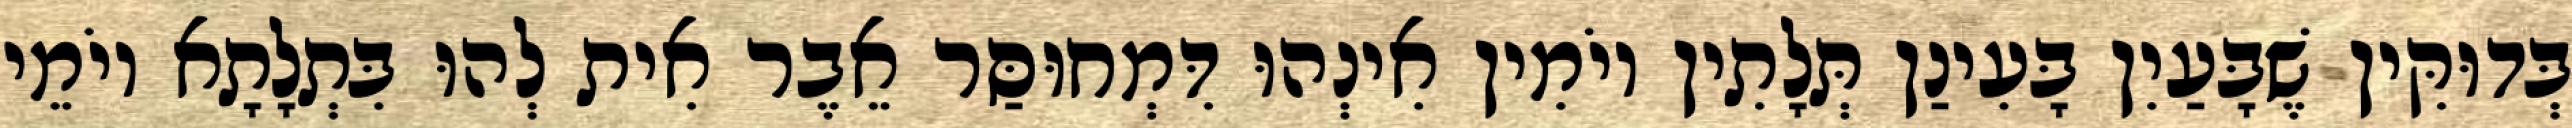
בְּדוּקִּין שֶׁבָּעַיִן בָּעִינַן תְּלָתִין יוֹמִין אִינְהוּ דִּמְחוּסַּר אֵבֶר אִית לְהוּ בִּתְלָתָא יוֹמֵי